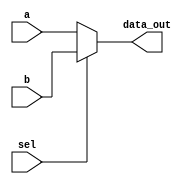
`timescale 1ns / 1ps
//////////////////////////////////////////////////////////////////////////////////
// Company: 
// Engineer: 
// 
// Design Name: 
// Module Name: Mux
// Project Name: 
// Target Devices: 
// Tool Versions: 
// Description: 
// 
// Dependencies: 
// 
// Revision:
// Revision 0.01 - File Created
// Additional Comments:
// 
//////////////////////////////////////////////////////////////////////////////////

module Mux
(
input [63:0] a,
input [63:0] b,
input sel,
output reg [63:0] data_out
);
//assign data_out = sel? b:a ;
always @ (a, b, sel)
begin
if (!sel)
data_out = a;
else
data_out = b;
end
endmodule